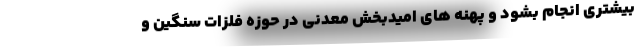
بیشتری انجام بشود و پهنه‌ های امیدبخش معدنی در حوزه فلزات سنگین و